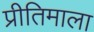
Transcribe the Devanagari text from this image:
प्रीतिमाला